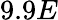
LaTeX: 9.9E